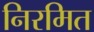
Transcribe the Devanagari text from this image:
निरमित